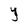
Character: Y